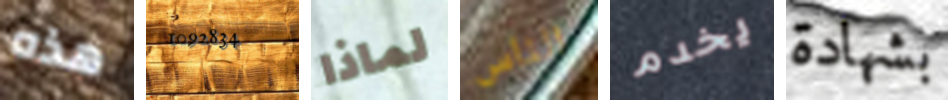
هذه 1092834 لماذا الناس يخدم بشهادة